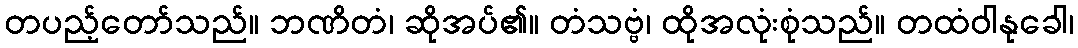
တပည့်တော်သည်။ ဘဏိတံ၊ ဆိုအပ်၏။ တံသဗ္ဗံ၊ ထိုအလုံးစုံသည်။ တထံဝါနုခေါ၊